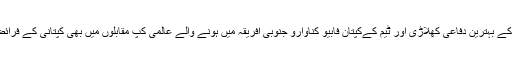
گزشتہ ورلڈ کپ کے بہترین دفاعی کھلاڑی اور ٹیم کےکپتان فابیو کناوارو جنوبی افریقہ میں ہونے والے عالمی کپ مقابلوں میں بھی کپتانی کے فرائض انجام دیں گے۔